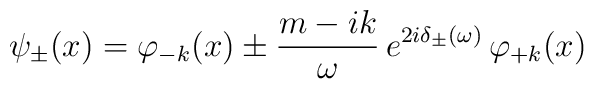
\psi_{\pm}(x)=\varphi_{-k}(x)\pm\frac{m-ik}{\omega}\,    e^{2i\delta_\pm(\omega)}\,\varphi_{+k}(x)